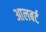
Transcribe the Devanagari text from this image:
आलबर्ट